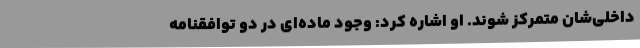
داخلی‌شان متمرکز شوند. او اشاره کرد: وجود ماده‌ای در دو توافقنامه